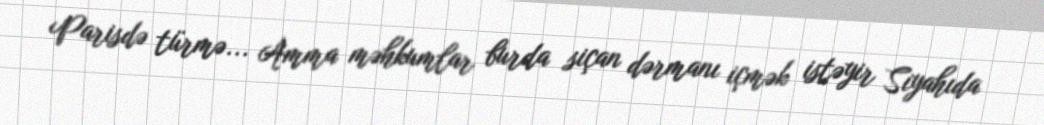
Parisdə türmə... Amma məhkumlar burda siçan dərmanı içmək istəyir Siyahıda